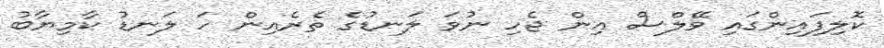
ކޮލިފައިންގައި ވޭލްސް އިން ޖެހި ނުވަ ލަނޑުގެ ތެރެއިން ހަ ލަނޑު ކާމިޔާބު